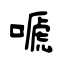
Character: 嗁